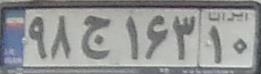
۹۸ج۱۶۳۱۰